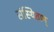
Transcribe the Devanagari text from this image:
संस्थिताम्‌